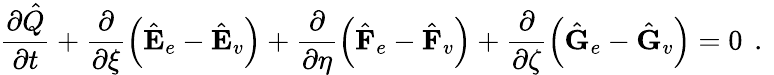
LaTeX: \frac{\partial\hat{Q}}{\partial t}+\frac{\partial}{\partial\xi}\left(\hat{\mathbf{E}}_{e}-\hat{\mathbf{E}}_{v}\right)+\frac{\partial}{\partial\eta}\left(\hat{\mathbf{F}}_{e}-\hat{\mathbf{F}}_{v}\right)+\frac{\partial}{\partial\zeta}\left(\hat{\mathbf{G}}_{e}-\hat{\mathbf{G}}_{v}\right)=0\, \mathrm{~.~}